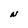
Character: N